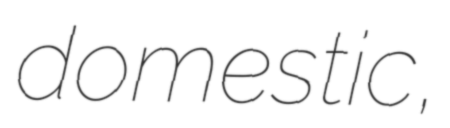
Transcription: domestic,